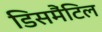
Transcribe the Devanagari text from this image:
डिसमैंटिल